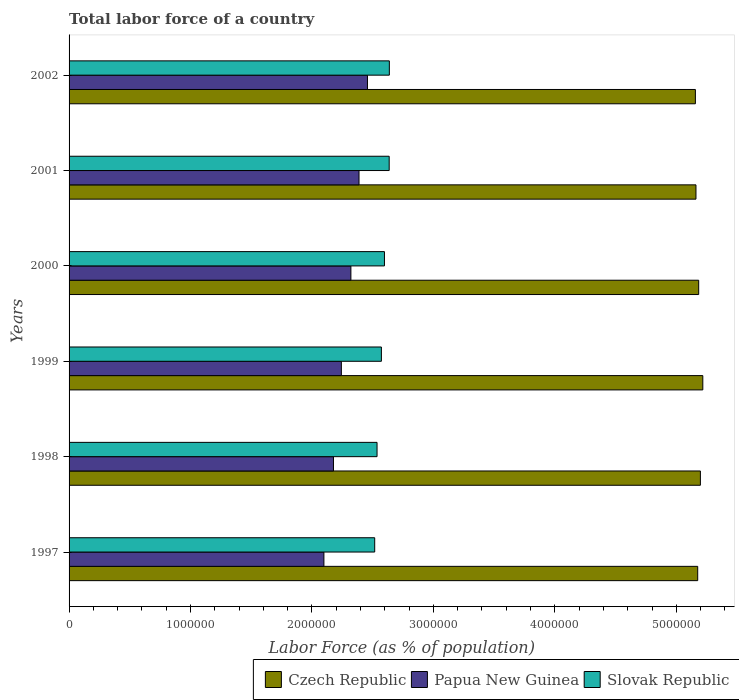
| Years | Czech Republic | Papua New Guinea | Slovak Republic |
 | --- | --- | --- | --- |
 | 1997 | 5.18e+06 | 2.1e+06 | 2.52e+06 |
 | 1998 | 5.2e+06 | 2.18e+06 | 2.54e+06 |
 | 1999 | 5.22e+06 | 2.24e+06 | 2.57e+06 |
 | 2000 | 5.18e+06 | 2.32e+06 | 2.6e+06 |
 | 2001 | 5.16e+06 | 2.39e+06 | 2.64e+06 |
 | 2002 | 5.16e+06 | 2.46e+06 | 2.64e+06 |